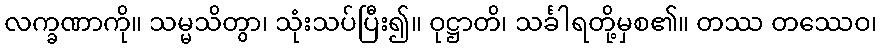
လက္ခဏာကို။ သမ္မသိတွာ၊ သုံးသပ်ပြီး၍။ ဝုဋ္ဌာတိ၊ သင်္ခါရတို့မှစ၏။ တဿ တဿေဝ၊